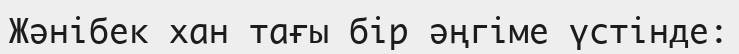
Жәнібек хан тағы бір әңгіме үстінде: